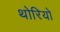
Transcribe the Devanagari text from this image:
थोरियो